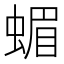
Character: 蝞